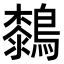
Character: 𪄭